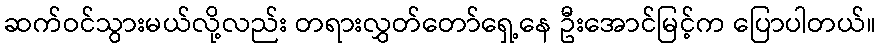
ဆက်ဝင်သွားမယ်လို့လည်း တရားလွှတ်တော်ရှေ့နေ ဦးအောင်မြင့်က ပြောပါတယ်။